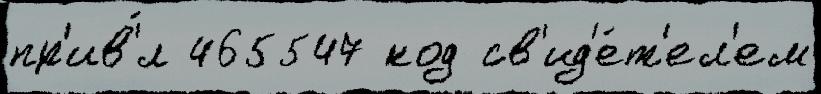
пр'ив'́л 465547 код св'ид'е́т'ел'ем